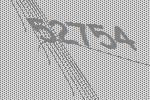
52754